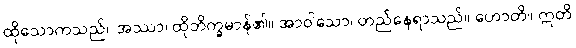
ထိုသောကသည်။ အဿာ၊ ထိုဘိက္ခမာန်၏။ အာဝါသော၊ တည်နေရာသည်။ ဟောတိ။ ဣတိ